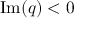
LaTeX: { \mathrm { I m } } ( q ) < 0